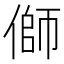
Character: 𪝜